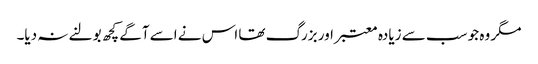
مگر وہ جو سب سے زیادہ معتبر اور بزرگ تھا اس نے اسے آگے کچھ بولنے نہ دیا۔